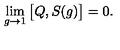
\lim _ { g \to 1 } \big [ Q , S ( g ) \big ] = 0 .